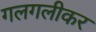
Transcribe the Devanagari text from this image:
गलगलीकर